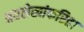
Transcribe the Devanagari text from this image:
अग्रलेखांकरिता